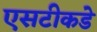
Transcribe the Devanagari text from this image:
एसटीकडे